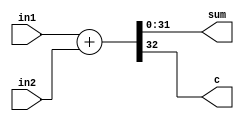
module adder32B(in1, in2, sum, c);
        input [31:0] in1, in2;
        output [31:0] sum;
        output c;     
        assign {c, sum} = in1 + in2;
endmodule